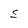
Character: s